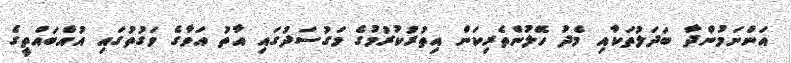
އަންނަމުންދާ ބަދަލުތަކާއި މެދު ހޭލުންތެރިކަން އިތުރުކުރުމުގެ މަގުސަދުގައި އާތު އަވާގެ ވަގުތުގައި އުއްބައްތީގެ